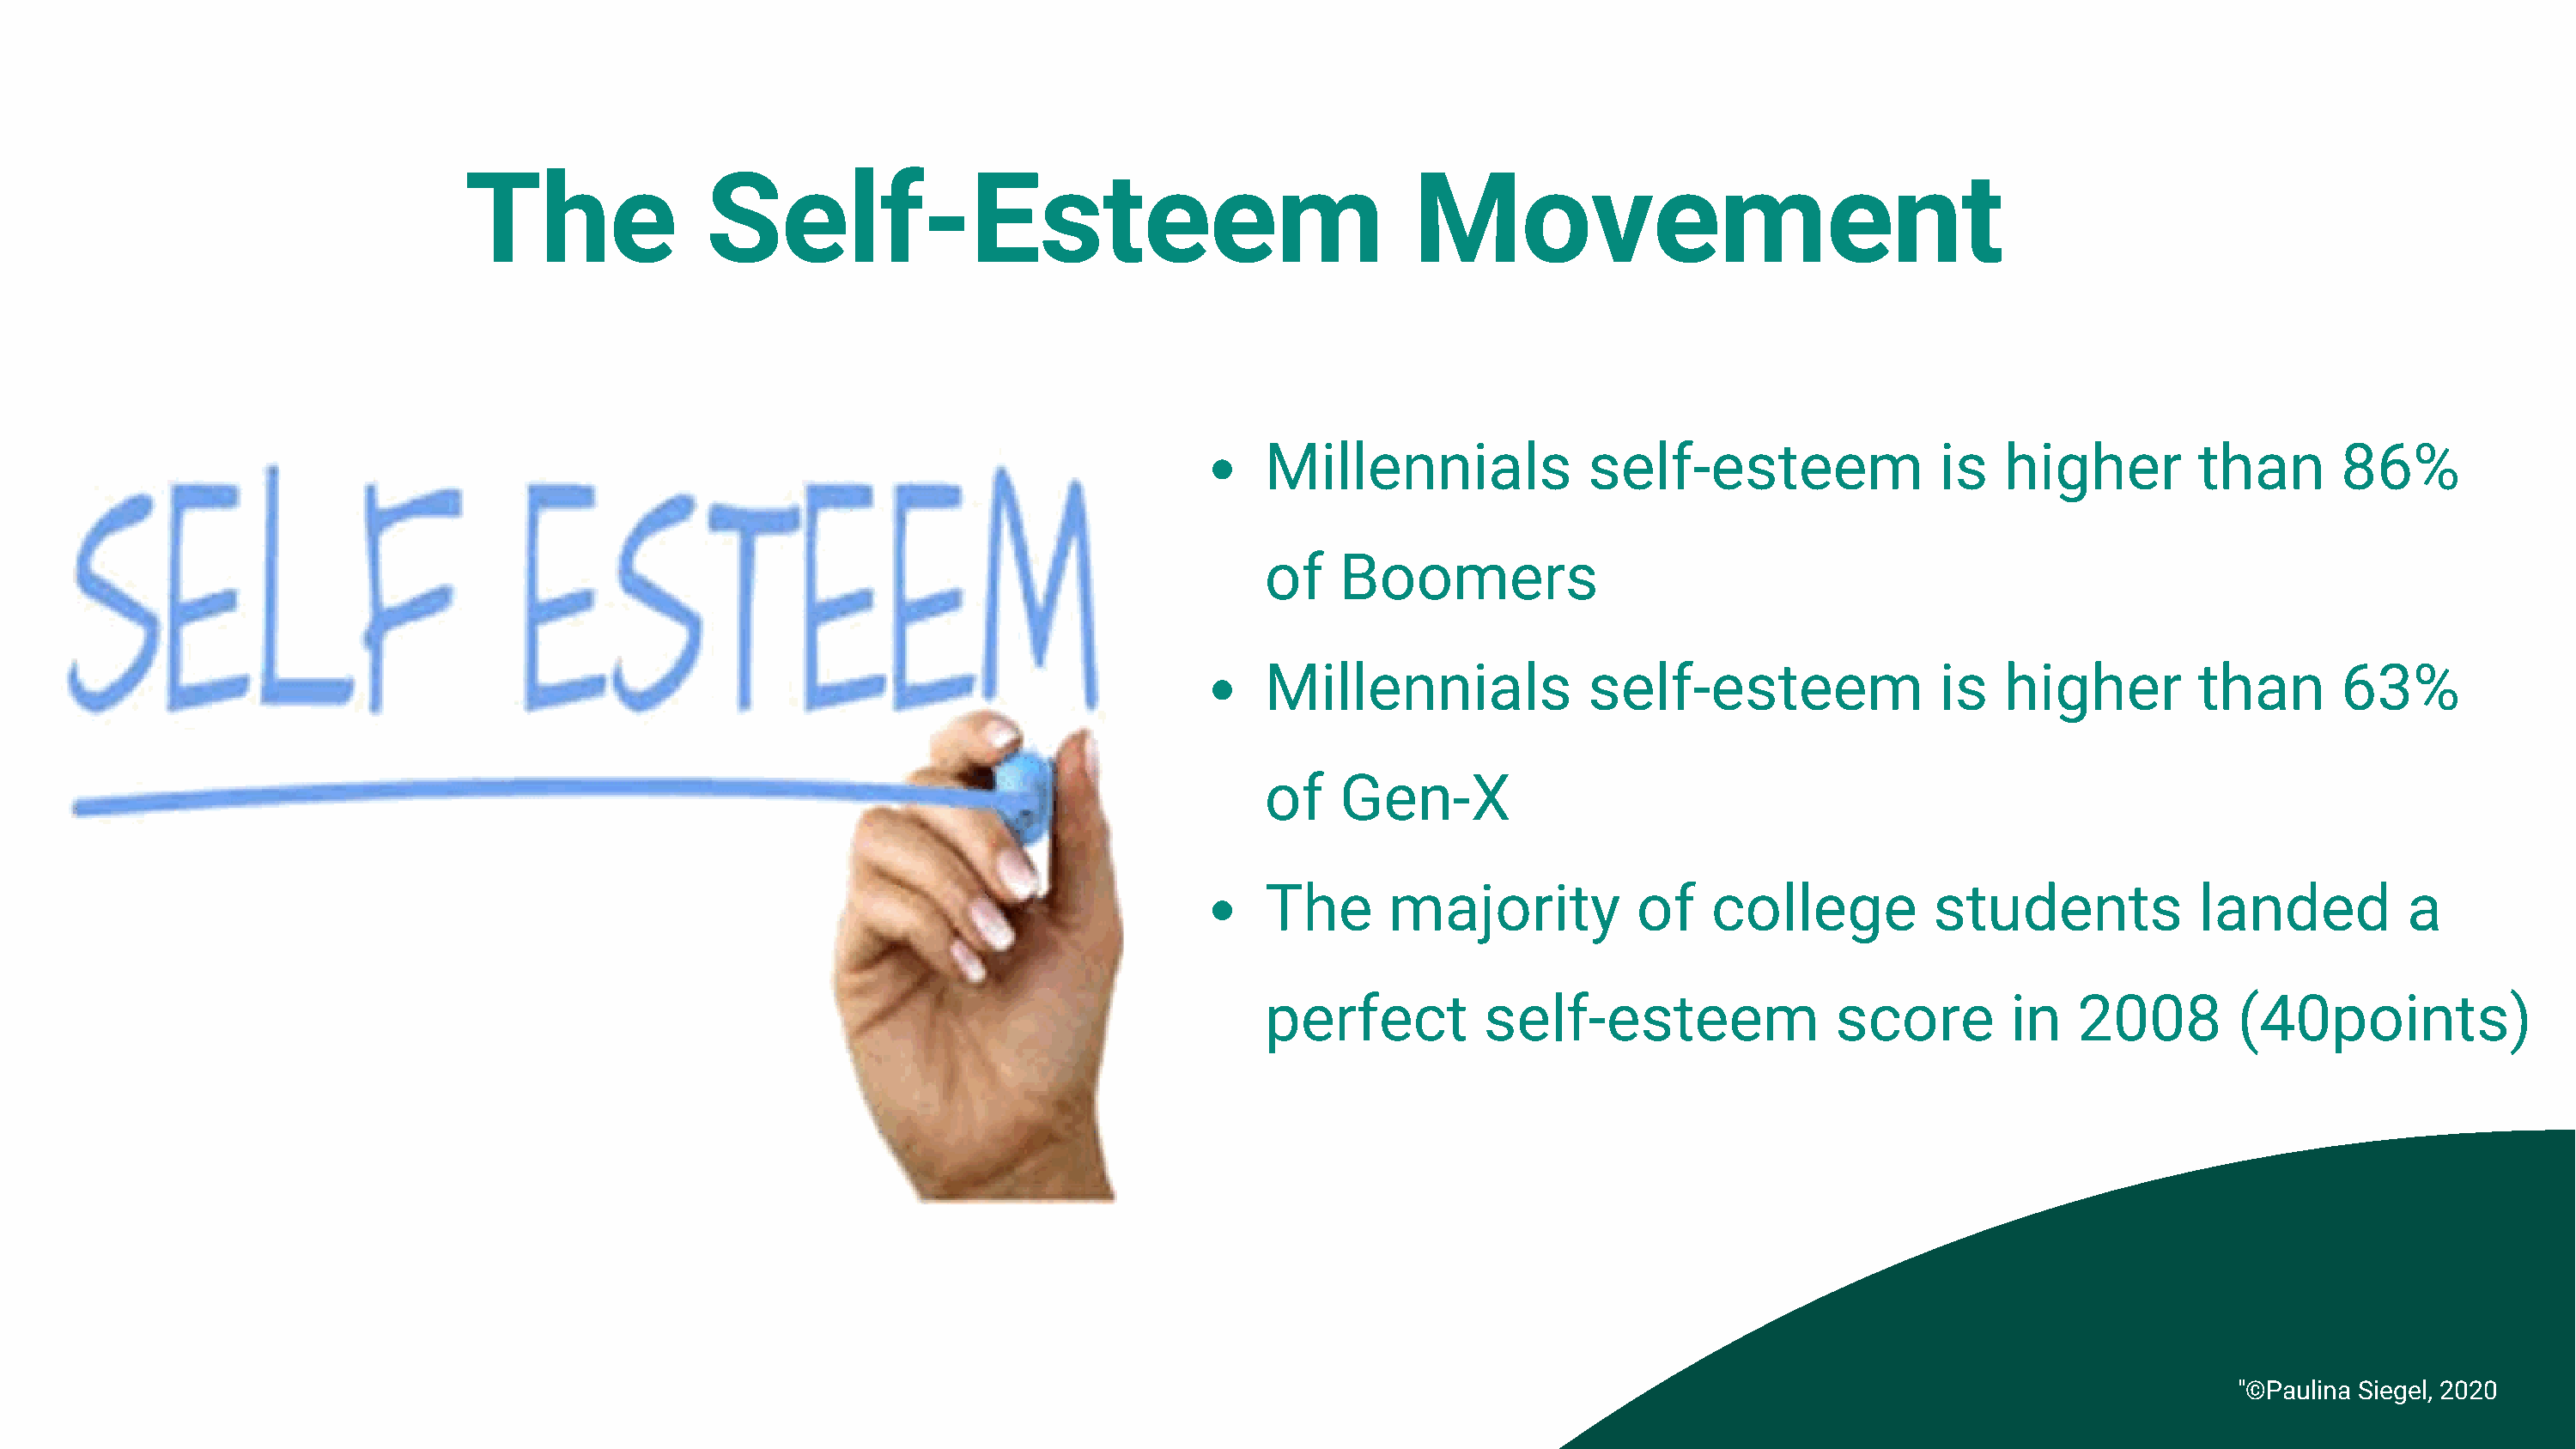
The               Self-Esteem                                            Movement
 Millennials             self-esteem                 is   higher         than       86%
 of   Boomers
 Millennials             self-esteem                 is   higher         than       63%
 of   Gen-X
 The      majority           of    college          students             landed          a
 perfect         self-esteem                 score        in   2008         (40points)
 "©Paulina Siegel, 2020